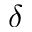
\delta